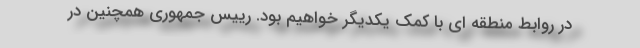
در روابط منطقه ای با کمک یکدیگر خواهیم بود. رییس جمهوری همچنین در